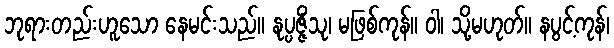
ဘုရားတည်းဟူသော နေမင်းသည်။ နုပ္ပဇ္ဇိံသု၊ မဖြစ်ကုန်။ ဝါ၊ သို့မဟုတ်။ နပွင့်ကုန်၊